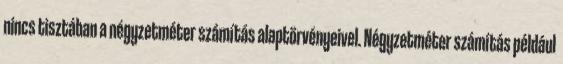
nincs tisztában a négyzetméter számítás alaptörvényeivel. Négyzetméter számítás például